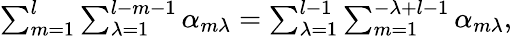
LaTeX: \begin{array}{r}{\sum_{m=1}^{l}\sum_{\lambda=1}^{l-m-1}\alpha_{m\lambda}=\sum_{\lambda=1}^{l-1}\sum_{m=1}^{-\lambda+l-1}\alpha_{m\lambda},}\end{array}